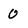
Character: 0